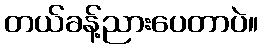
တယ်ခန့်ညားပေတာပဲ။